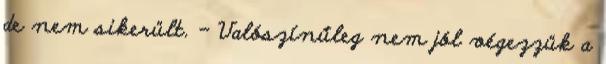
de nem sikerült. - Valószínűleg nem jól végezzük a